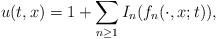
LaTeX: \begin{align*}u(t,x)=1+\sum_{n\geq 1}I_n(f_n(\cdot,x;t)),\end{align*}